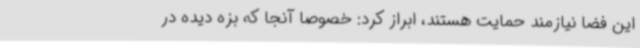
این فضا نیازمند حمایت هستند، ابراز کرد: خصوصا آنجا که بزه دیده در